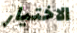
الاختيار